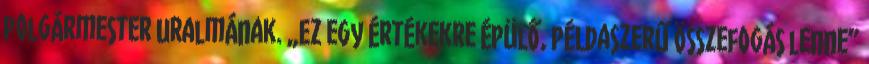
polgármester uralmának. „Ez egy értékekre épülő, példaszerű összefogás lenne”